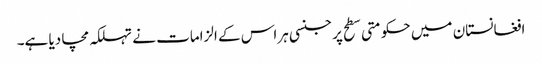
افغانستان میں حکومتی سطح پر جنسی ہراس کے الزامات نے تہلکہ مچا دیا ہے۔